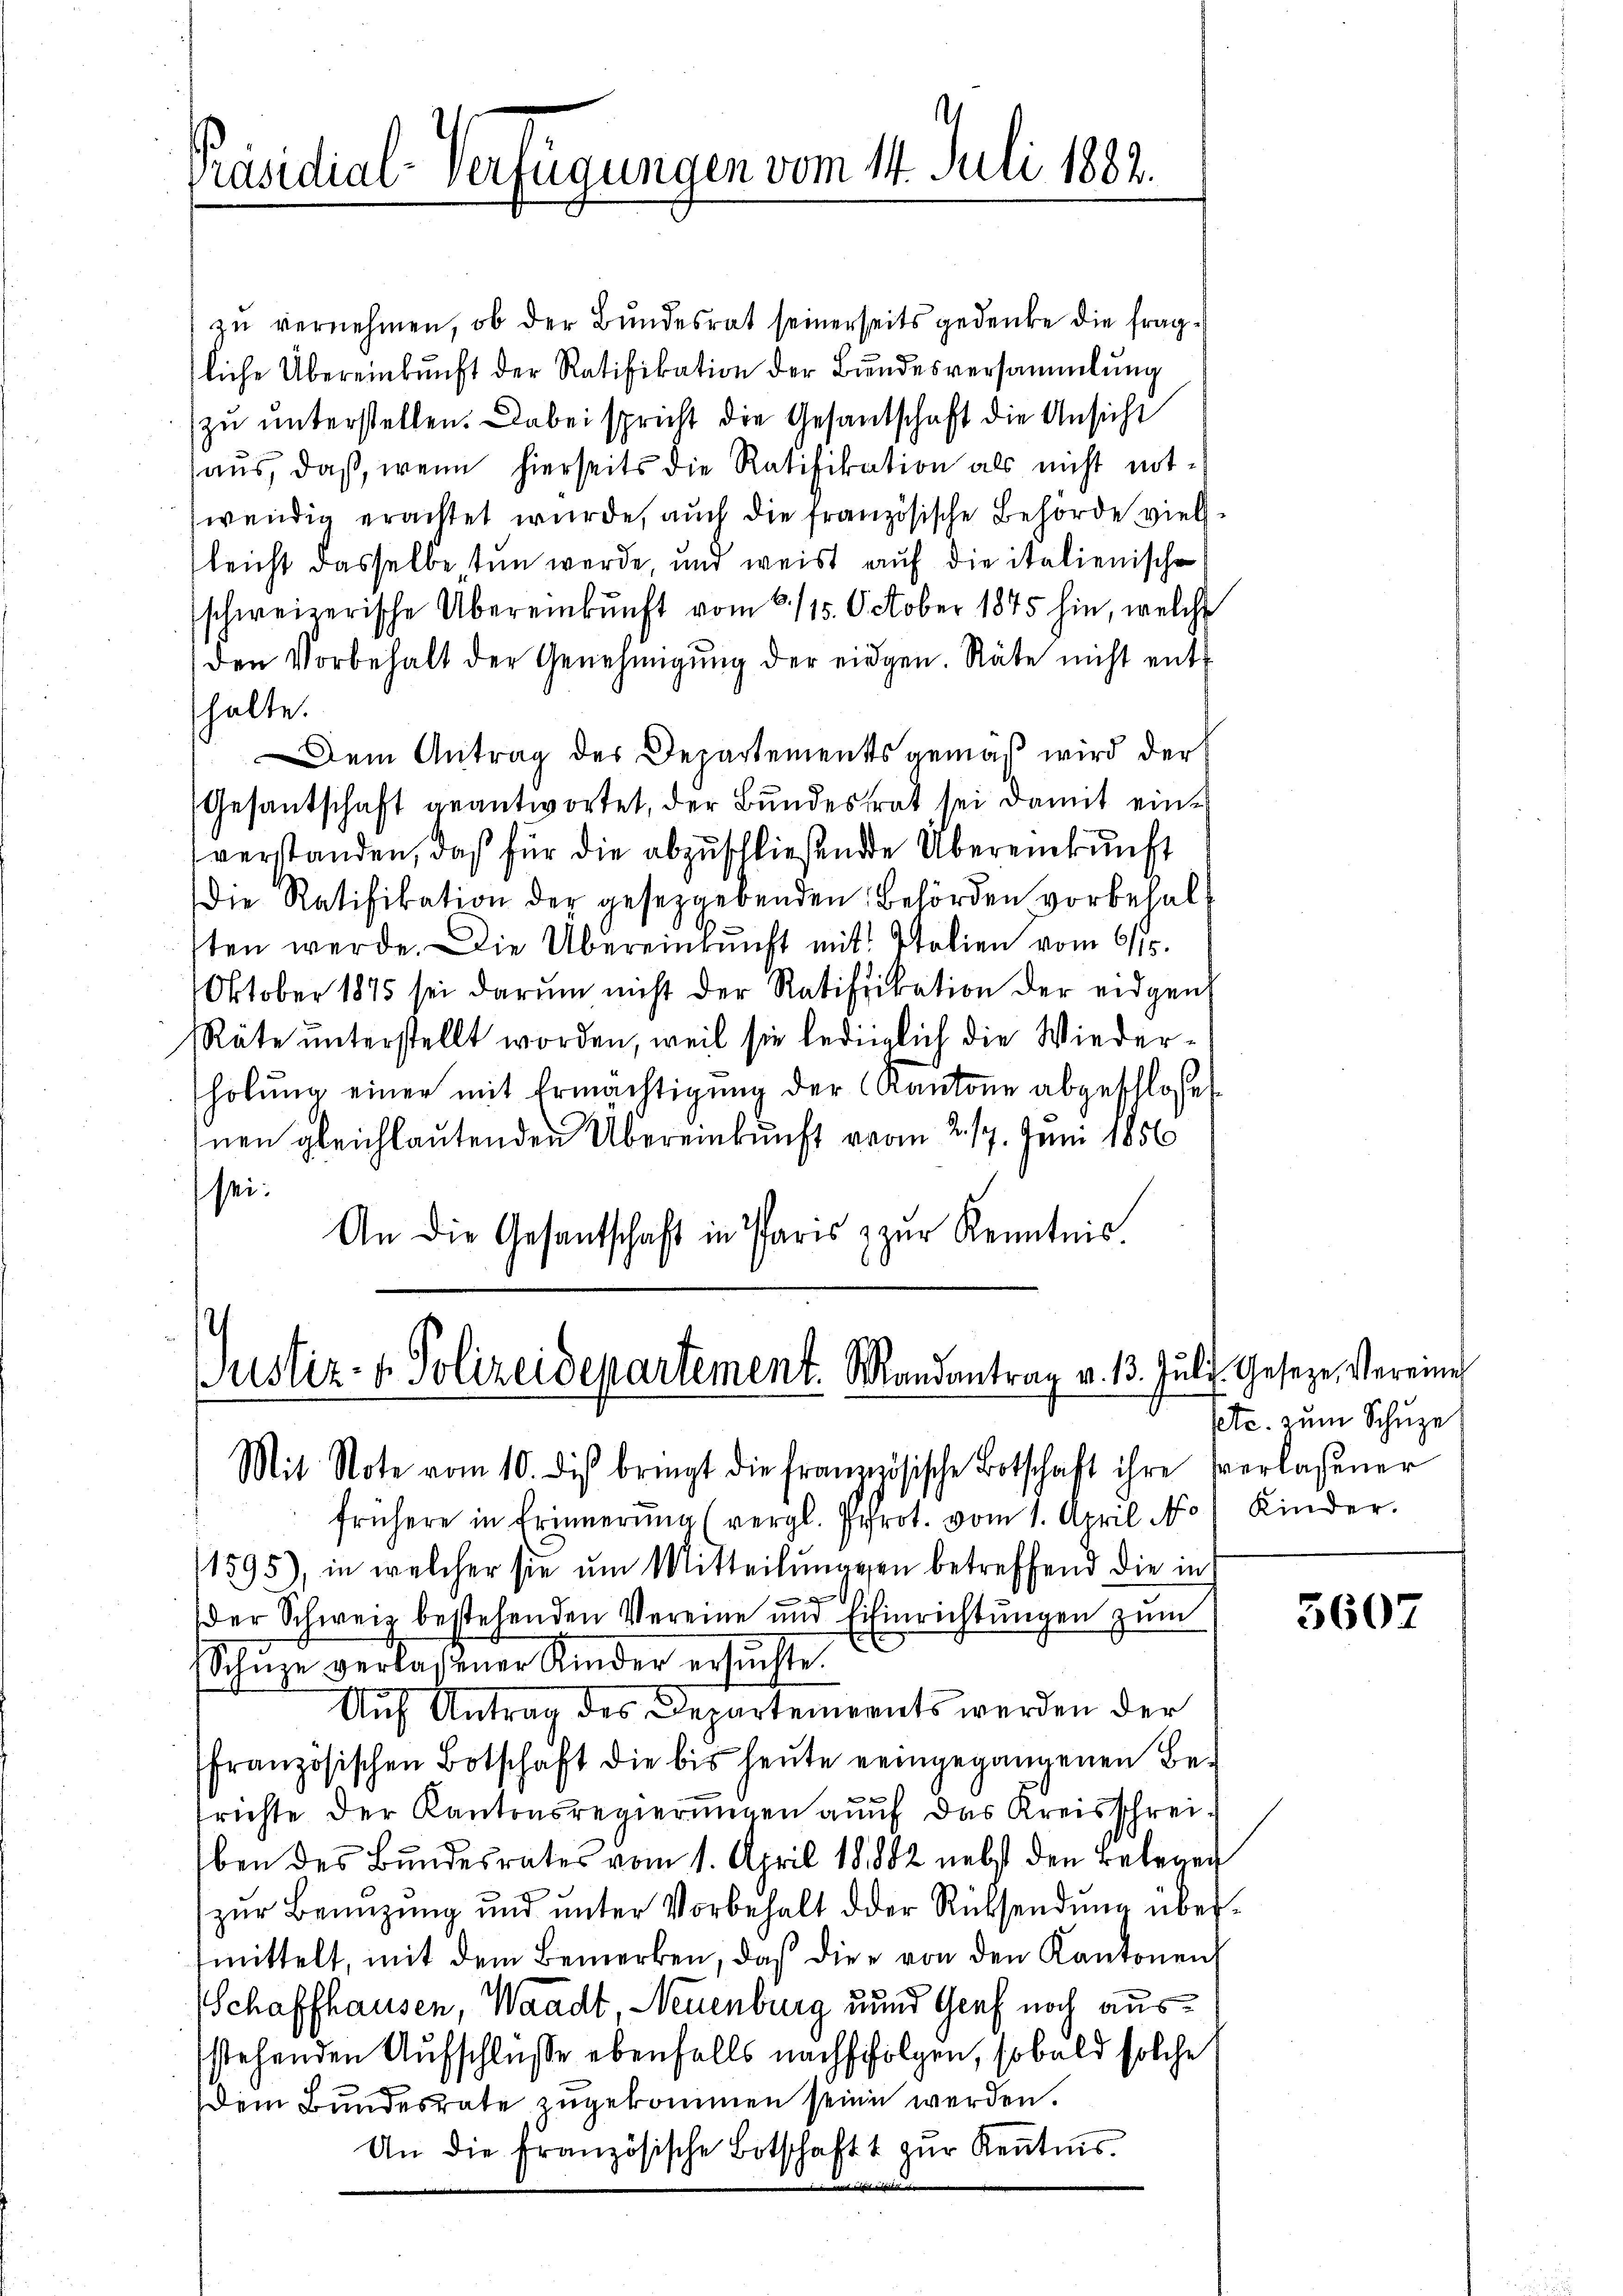
Präsidial-Verfügungen vom 14. Juli 1883.

zu vernehmen, ob der Bundesrat seinerseits gedenke die fragsliche Übereinkunft der Ratifikation der Bundesversammlung
zu unterstellen. Dabei spricht die Gesandschaft die Ansicht
haus, daß, wenn hierseits die Ratifikation als nicht mitwendig erachtet wurde, auch die französische Behörde vielleicht dasselbe, tun werde, und weist auf die italienische
schweizerische Übereinkunft vom 6. 115. October 1845 hin, welche
den Vorbehalt der Genehmigŭng der eingen. Räte nicht enthalte.
Dem Antrag des Departements gemäß wird der
Gesantschaft geantwortet, der Bundestrat sei damit einverstanden, daß für die abzuschließende Übereinkunft
Die Ratifikation der gesetzgebenden Behörden vorbehalt
tten werde. Die Übereinkunft mit Polien vom 6/10.
Oktober 1845 sei darŭm nicht der Ratifikation der eidgen
Räte unterstellt worden, weil sie lediglich die Wiederholŭng einer mit Ermächtigŭng der Kantone abgeschlosset
nen gleichlautenden Übereinkunft vom 2. 17. Juni 1856
sei:
An die Gesantschaft in Paris zŭr Kenntnis.

Justiz- & Polizeidepartement. Mandantrag v. 13. Juli. Geseze, Vereine
Mit Note vom 10. dis bringt die französische Botschaft ihre verlaßener

frühere in Erinnerung (vergl. Prot. vom 1. April No) Kinder.
1595), in welcher sie um Mitteilŭngen betreffend die in
der Schweiz bestehenden Vereine und Einrichtungen zum
Schŭze verlassener Kinder ersŭchte.
Auf Antrag des Departements werden der
französischen Botschäft die bis heute eingegangenen Betrichte der Kantonsregierungen auf das Kreisschreiben des Bundesrates vom 1. April 18882 nebst den Belegen
zŭr Benüzŭng ŭnd ŭnter Vorbehalt der Rücksendŭng über-
mittelt, mit dem Bemerken, daß die von den Kantonen
Schaffhausen, Waadt, Neuenburg und Graf noch ausstehenden Aufschlüsse ebenfalls nachfolgen, sobald solche
Dem Bundesrate zugekommen seine werden.
An die französische Botschaft zur Kentnis.

setc. zum Schuze

5607